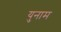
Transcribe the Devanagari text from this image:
युनाम